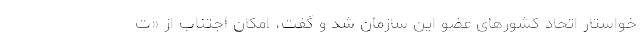
خواستار اتحاد کشورهای عضو این سازمان شد و گفت، امکان اجتناب از «ت